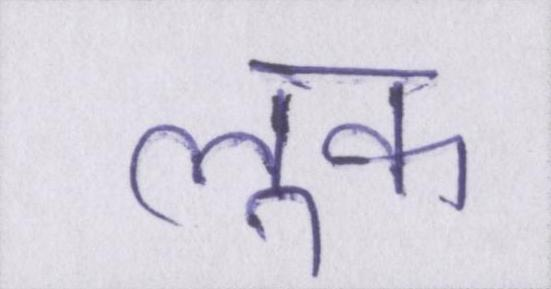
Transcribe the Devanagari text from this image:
लूक